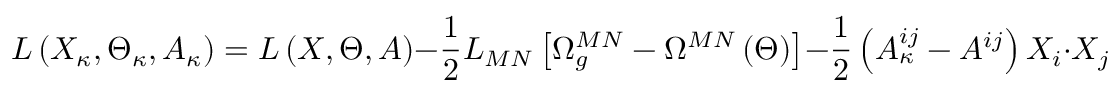
L \left( X _ { \kappa } , \Theta _ { \kappa } , A _ { \kappa } \right) = L \left( X , \Theta , A \right) - \frac 1 2 L _ { M N } \left[ \Omega _ { g } ^ { M N } - \Omega ^ { M N } \left( \Theta \right) \right] - \frac 1 2 \left( A _ { \kappa } ^ { i j } - A ^ { i j } \right) X _ { i } \cdot X _ { j } .